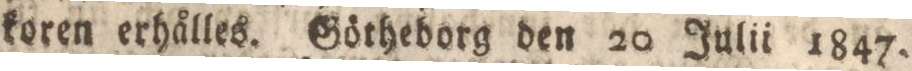
koren erhålles. Götheborg den 20 Julii 1847.